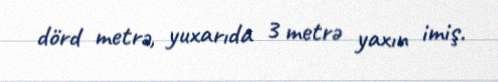
dörd metrə, yuxarıda 3 metrə yaxın imiş.